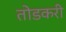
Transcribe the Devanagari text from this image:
तोडकरी